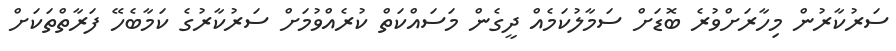
ސަރުކާރުން މިހާރަށްވުރެ ބޮޑަށް ސަމާލުކަމެއް ދީގެން މަސައްކަތް ކުރެއްވުމަށް ސަރުކާރުގެ ކަމާބެހޭ ފަރާތްތަކަށް